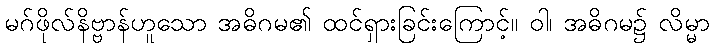
မဂ်ဖိုလ်နိဗ္ဗာန်ဟူသော အဓိဂမ၏ ထင်ရှားခြင်းကြောင့်။ ဝါ၊ အဓိဂမ၌ လိမ္မာ